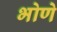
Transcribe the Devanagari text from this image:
भोणे